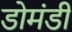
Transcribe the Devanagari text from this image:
डोमंडी